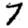
Digit: 7